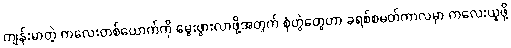
ကျန်းမာတဲ့ ကလေးတစ်ယောက်ကို မွေးဖွားလာဖို့အတွက် စုံတွဲတွေဟာ ခရစ်စမတ်ကာလမှာ ကလေးယူဖို့